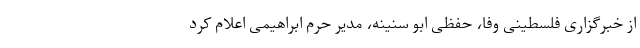
از خبرگزاری فلسطینی وفا، حفظی ابو سنینه، مدیر حرم ابراهیمی اعلام کرد